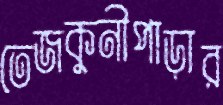
তেজকুনীপাড়ার